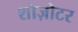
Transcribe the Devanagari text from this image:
शोज़ोटर